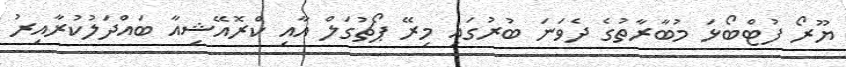
ޔޫރޯ ފުޓްބޯޅަ މުބާރާތުގެ ދެވަނަ ބުރުގައި މިރޭ ޕޯޗުގަލް އާއި ކްރޮއޭޝިއާ ބައްދަލުކުރާއިރު